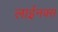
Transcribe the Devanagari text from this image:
लाईनक्स